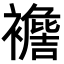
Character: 𧞟